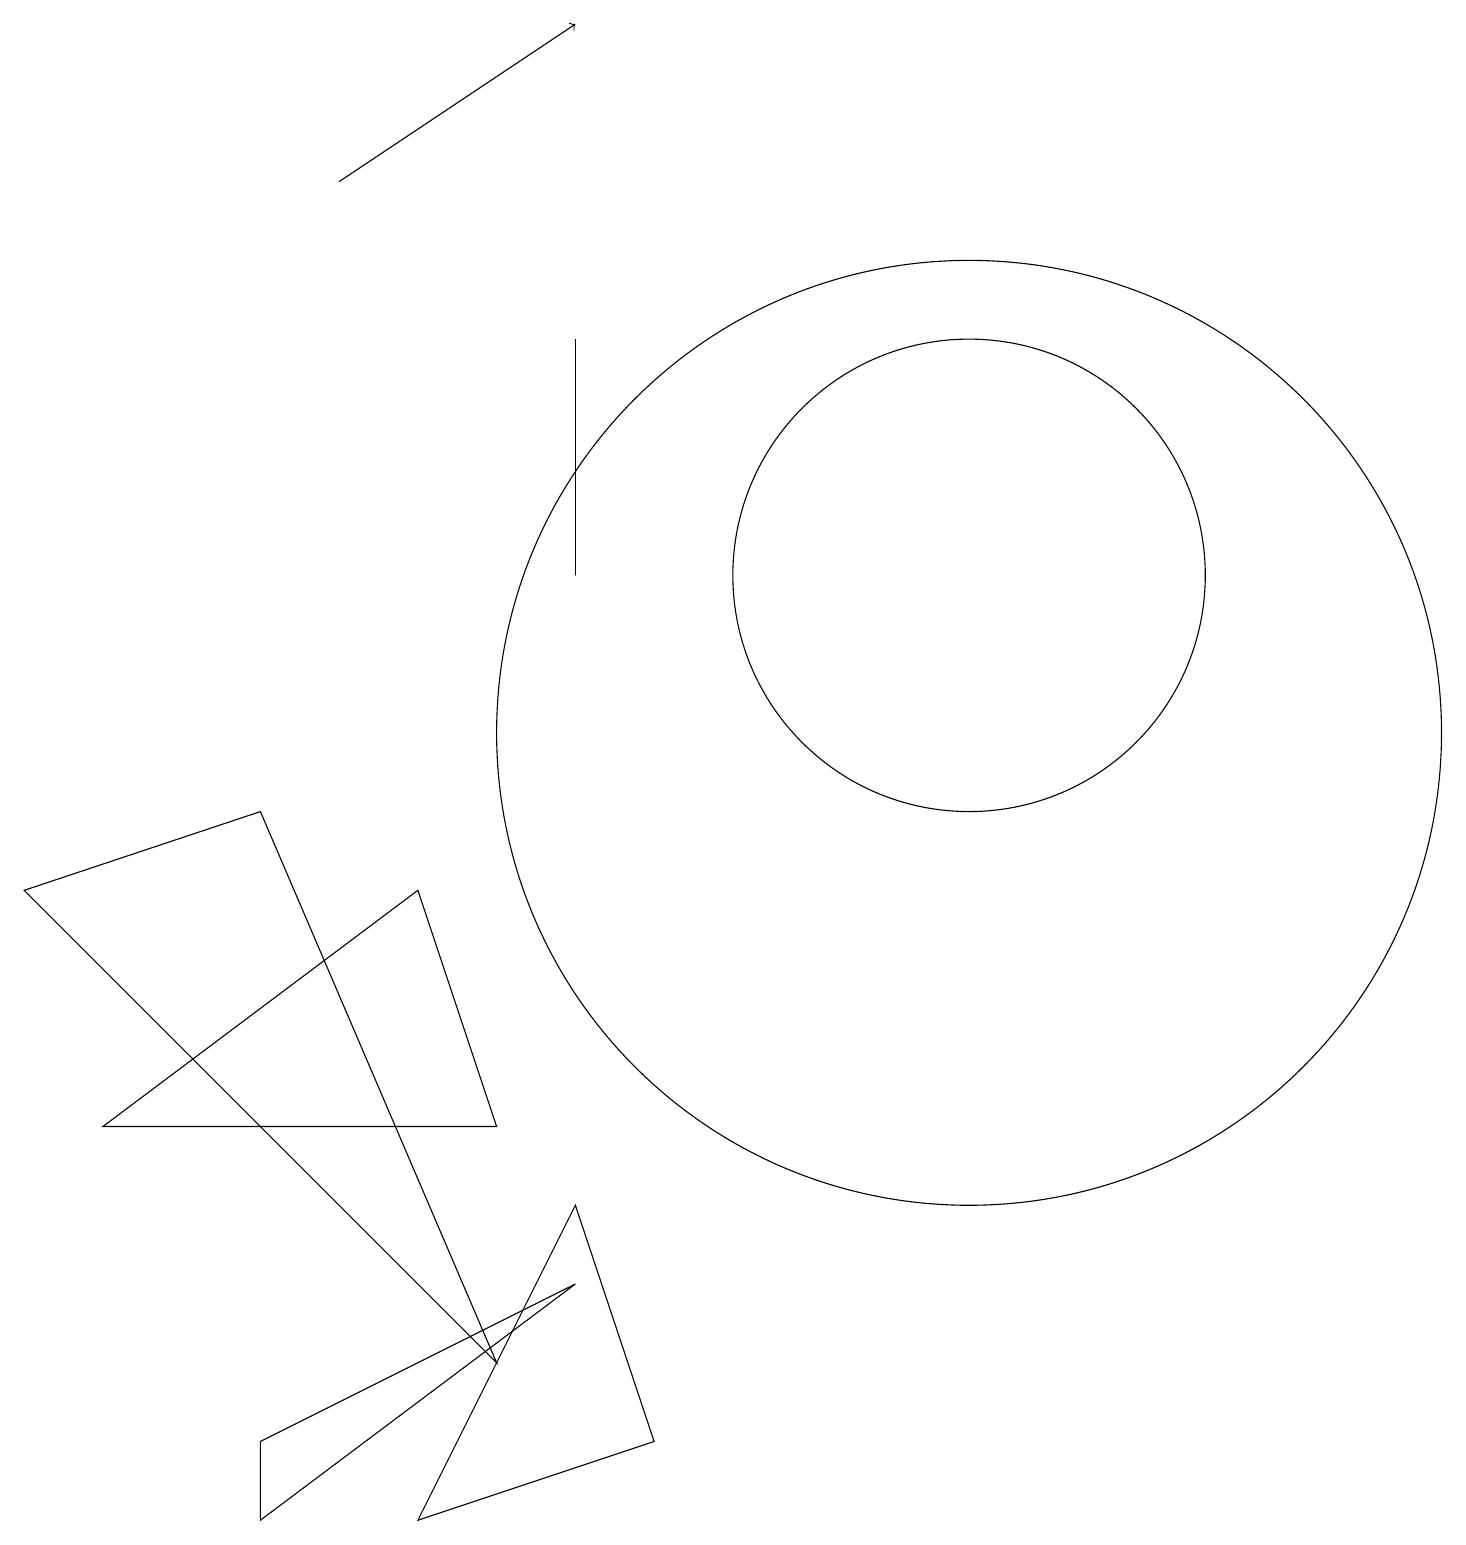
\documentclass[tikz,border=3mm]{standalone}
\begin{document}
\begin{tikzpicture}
\draw (12,12) circle (3);
\draw (3,0) -- (3,1) -- (7,3) -- cycle;
\draw (7,4) -- (8,1) -- (5,0) -- cycle;
\draw (3,9) -- (6,2) -- (0,8) -- cycle;
\draw (12,10) circle (6);
\draw (7,12) rectangle (7,15);
\draw[->] (4,17) -- (7,19);
\draw (1,5) -- (6,5) -- (5,8) -- cycle;
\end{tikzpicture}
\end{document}